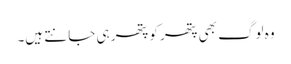
وہ لوگ بھی پتھر کو پتھر ہی جانتے ہیں۔